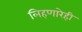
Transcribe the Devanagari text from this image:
लिहणारेही